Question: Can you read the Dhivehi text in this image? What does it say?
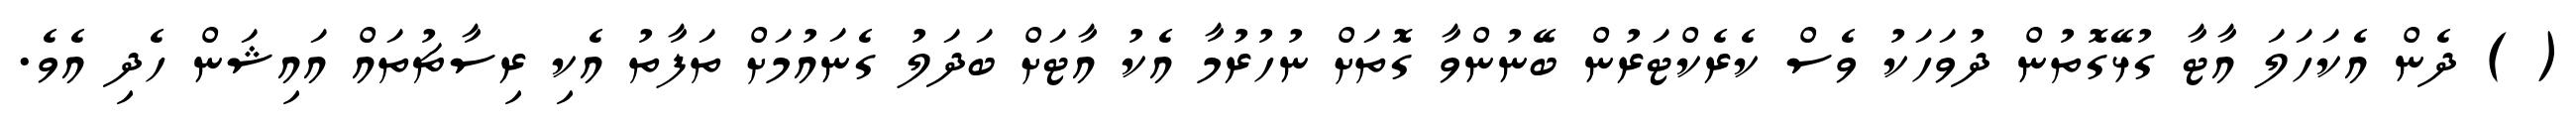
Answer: ( ) ދެން އެކަހަލަ އާޓާ ގުޅޭގޮތުން ދުވަހަކު ވެސް ކެރެކްޓަރުން ބޭނުންވާ ގޮތަށް ނުހުރުމާ އެކު އާޓަށް ބަދަލު ގެނައުމަށް ތަފާތު އެކި ރިސާޗުތައް އައިޝަން ހެދި އެވެ.